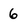
Character: 6